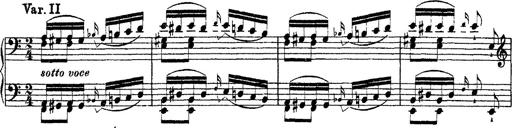
Title: Ã‰tudes d'exÃ©cution transcendante d'aprÃ¨s Paganini
Composer: Franz Liszt